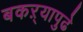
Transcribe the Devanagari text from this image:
बकऱ्यापुढे